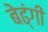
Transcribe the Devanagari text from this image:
बेढ्ंगी